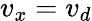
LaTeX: v_{x}=v_{d}